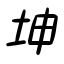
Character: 坤